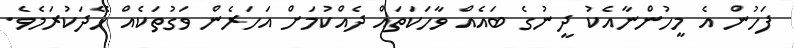
ފަހުން އެ މީހުންނާއެކު ދީނުގެ ބައެއް ވާހަކަތައް ދެއްކުމަށް އަހަރެން ވަގުތަކެއް ހޭދަކުރަމެވެ.